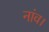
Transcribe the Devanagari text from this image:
नांव।